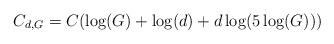
LaTeX: \begin{align*}C_{d,G}=C(\log(G)+\log(d)+d\log(5\log(G)))\end{align*}